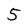
Character: 5